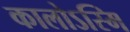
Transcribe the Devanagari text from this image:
कालोऽस्मि